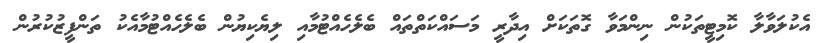
އެކުލަވާލާ ކޮމިޓީތަކުން ނިންމަވާ ގޮތަކަށް އިދާރީ މަސައްކަތްތައް ބެލެހެއްޓުމާއި ލިޔެކިޔުން ބެލެހެއްޓުމާއެކު ތަންފީޒުކުރުން